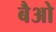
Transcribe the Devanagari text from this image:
बैओ